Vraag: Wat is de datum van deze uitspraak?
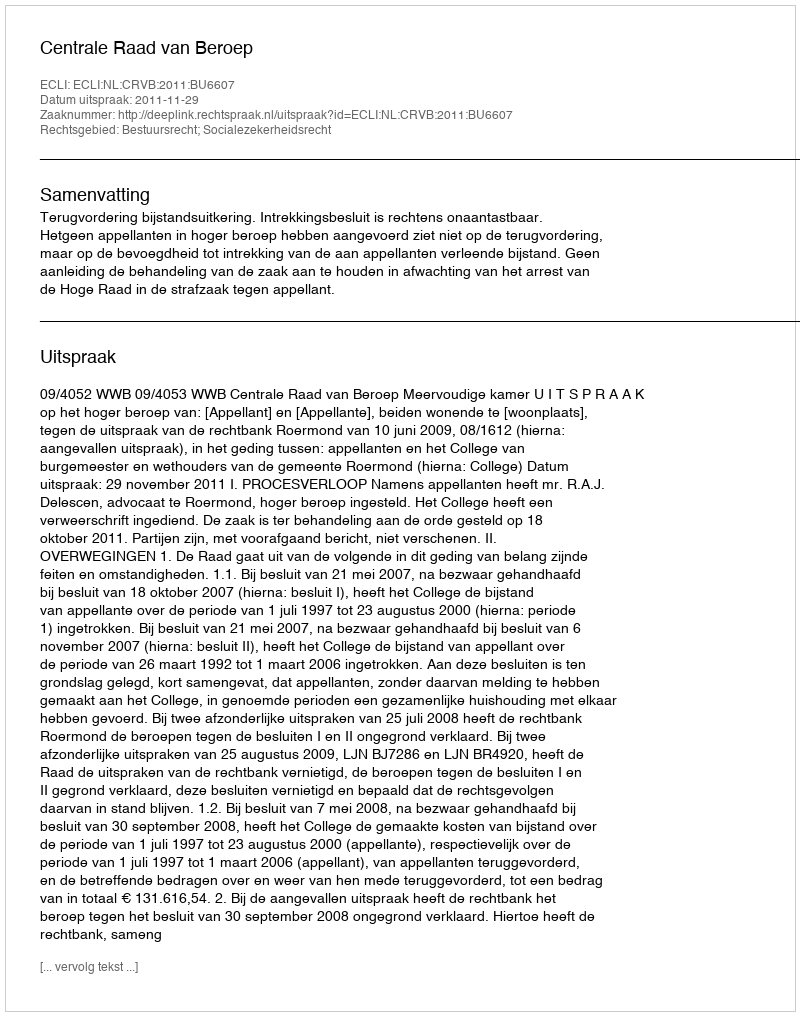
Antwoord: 2011-11-29